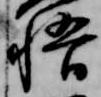
悟